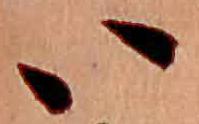
い